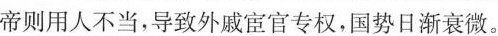
帝则用人不当，导致外戚宦官专权，国势日渐衰微。C.东汉冲帝，质帝之后的当权者开始削减三公职权，把重任归于台阁，使人才受到压抑摧残，即使有一二贤臣也难起作用。以致国家灭亡。D.全文由如何用人之理人事，再由事而理，把用人之道归结到”人君待之之意何如”这一点上，使得文章具有很强的针对性和现实意义，5.把文言文阅读材料中画横线的句子翻译成现代汉语。(1)是三子者，岂素著忠名哉?盖高祖推己之心而置于其心，则他人不能离间而事以济矣。(2)故人主以狗彘畜人者，人亦狗彘其行，以国士待人者，人亦国士自奋